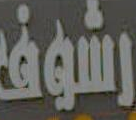
رشوف